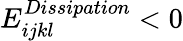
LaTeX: E_{ijkl}^{Dissipation}<0